Leaving Certificate Examination, 1919
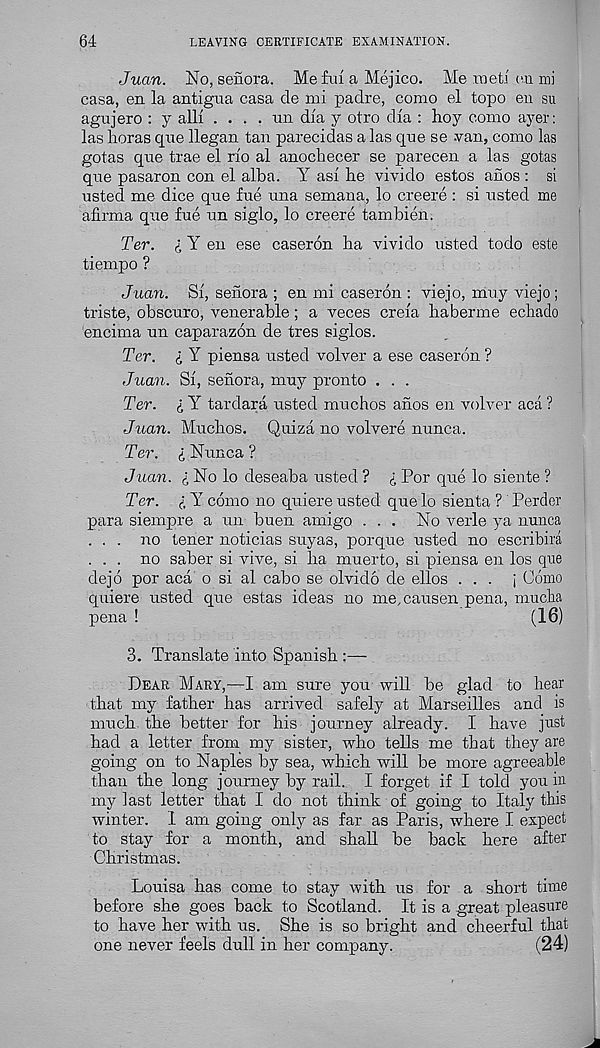
64
LEAVING CERTIFICATE EXAMINATION.
Juan. No, senora. Me fid a Mejico. Me met! on mi
casa, en la antigua casa de mi padre, como el topo en su
agnjero : y alii .... 1111 dia y otro di'a : hoy como ayer:
las horas que llegan tan parecidas a las qne se van, como las
gotas qne trae el rio al anochecer se parecen a las gotas
qne pasaron con el alba. Y asi he vivido estos anos : si
usted me dice qne fue una semana, lo creere : si listed me
afirma qne fue nn siglo, lo creere tambien.
Ter. i Y en ese caseron ha vivido usted todo este
tiempo ?
Juan. Si, senora ; en mi caseron : viejo, miiy viejo ;
triste, obscuro, venerable; a veces creia haberme echado
encima un caparazon de tres siglos.
Ter. I Y piensa usted volver a ese caseron ?
Juan. Si, senora, mny pronto . . .
Ter. i Y tardara usted muchos anos en volver aca ?
Juan. Mnchos. Quiza no volvere nunca.
Ter. i Nunca ?
Juan, i No lo deseaba usted ? £ Por que lo siente ?
Ter. l Y como no quiere usted que lo sienta ? Perder
para siempre a 1111 buen amigo ... No verle ya nunca
... no tener noticias suyas, porque usted no escribira
... no saber si vive, si ha muerto, si piensa en los que
dejo por aca 0 si al cabo se olvido de ellos ... i Como
quiere usted que estas ideas no me.causen pena, mucha
pena !
(16)
3. Translate into Spanish :—
Dear Mary,—I am sure you will be glad to hear
that my father has arrived safely at Marseilles and is
much the better for his journey already. I have just
had a letter from my sister, who tells me that they are
going on to Naples by sea, which will be more agreeable
than the long journey by rail. I forget if I told you in
my last letter that I do not think of going to Italy this
winter. I am going only as far as Paris, where I expect
to stay for a month, and shall be back here after
Christmas.
Louisa has come to stay with us for a short time
before she goes back to Scotland. It is a great pleasure
to have her with us. She is so bright and cheerful that
one never feels dull in her company.
(24)